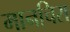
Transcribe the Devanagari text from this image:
मानचिरा